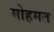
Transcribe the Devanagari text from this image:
मोहमत